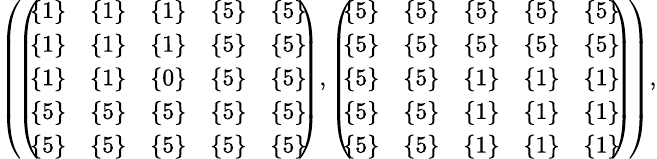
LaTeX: \begin{array}{r}{\small{\left(\! \left(\! \! \begin{array}{ccccc}{\{ 1\} }&{\{ 1\} }&{\{ 1\} }&{\{ 5\} }&{\{ 5\} }\\ {\{ 1\} }&{\{ 1\} }&{\{ 1\} }&{\{ 5\} }&{\{ 5\} }\\ {\{ 1\} }&{\{ 1\} }&{\{ 0\} }&{\{ 5\} }&{\{ 5\} }\\ {\{ 5\} }&{\{ 5\} }&{\{ 5\} }&{\{ 5\} }&{\{ 5\} }\\ {\{ 5\} }&{\{ 5\} }&{\{ 5\} }&{\{ 5\} }&{\{ 5\} }\end{array}\! \! \right),\left(\! \! \begin{array}{ccccc}{\{ 5\} }&{\{ 5\} }&{\{ 5\} }&{\{ 5\} }&{\{ 5\} }\\ {\{ 5\} }&{\{ 5\} }&{\{ 5\} }&{\{ 5\} }&{\{ 5\} }\\ {\{ 5\} }&{\{ 5\} }&{\{ 1\} }&{\{ 1\} }&{\{ 1\} }\\ {\{ 5\} }&{\{ 5\} }&{\{ 1\} }&{\{ 1\} }&{\{ 1\} }\\ {\{ 5\} }&{\{ 5\} }&{\{ 1\} }&{\{ 1\} }&{\{ 1\} }\end{array}\! \! \right)\! \right),}}\end{array}